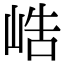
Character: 峼